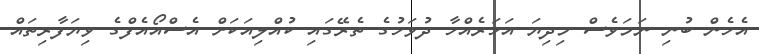
އެހެން ބުނި ނަމަވެސް މިދިޔަ އަހަރެއްހާ ދުވަހުގެ ތެރޭގައި ކުއްލިއަކަށް އެސްއޯއެފްގެ ވިޔަފާރިތައް